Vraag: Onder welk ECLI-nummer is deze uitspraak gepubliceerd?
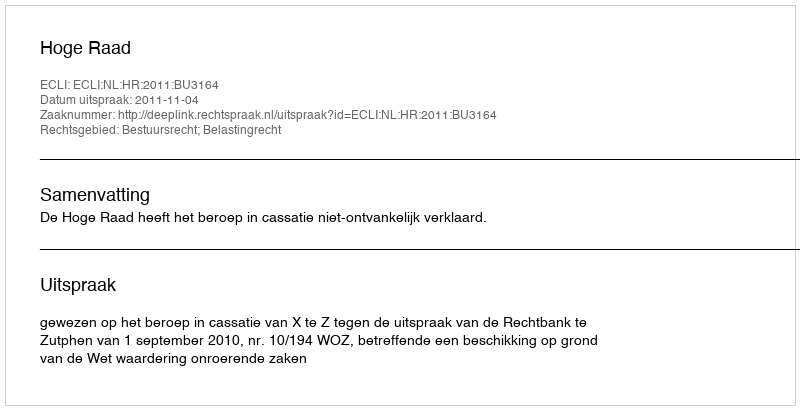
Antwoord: ECLI:NL:HR:2011:BU3164